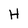
Character: H